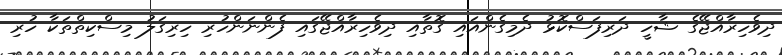
ދިވެހިރާއްޖޭގެ ޝާހީ ދަރިފަސްކޮޅު ދެމިގެންއައި ގޮތާއި ދިވެހިރާއްޖޭގައި ފެންނަންހުރި ހިރިގަލު މިސްކިތްތަކާ ހުރި